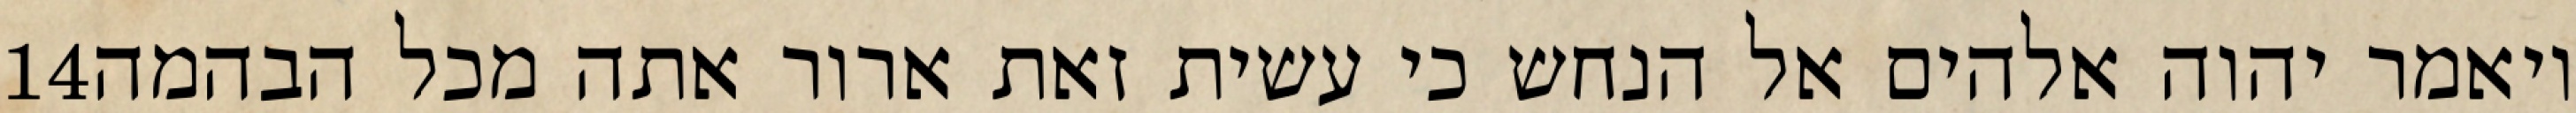
‎14‏ ויאמר יהוה אלהים אל הנחש כי עשית זאת ארור אתה מכל הבהמה